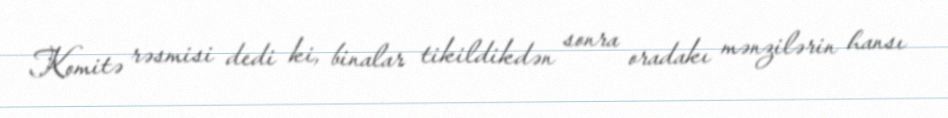
Komitə rəsmisi dedi ki, binalar tikildikdən sonra oradakı mənzilərin hansı